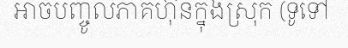
អាចបញ្ចូលភាគហ៊ុនក្នុងស្រុក (ទូទៅ